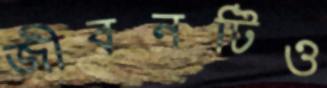
জীবনটিও